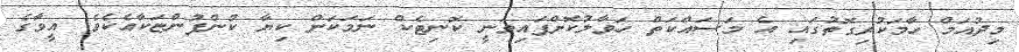
މިދުއަމް ހާމަކުރިގޮތުގައި އެ މަސައްކަތް ހަވާލުކޮށްފައިވަނީ ކޮނިޓެކްް ނަމަކަށް ކިޔާ ކުންފުންޏަކާއެކެވެ. އީވާގެ